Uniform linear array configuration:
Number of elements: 24
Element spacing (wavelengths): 1
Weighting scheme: hamming
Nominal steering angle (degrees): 45
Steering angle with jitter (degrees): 45.176
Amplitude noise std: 0.05
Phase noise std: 0.05

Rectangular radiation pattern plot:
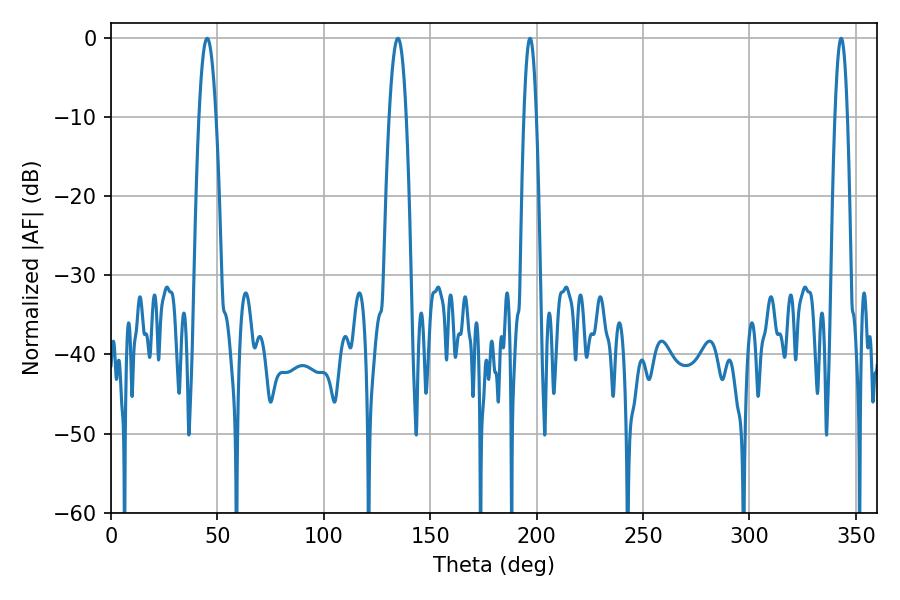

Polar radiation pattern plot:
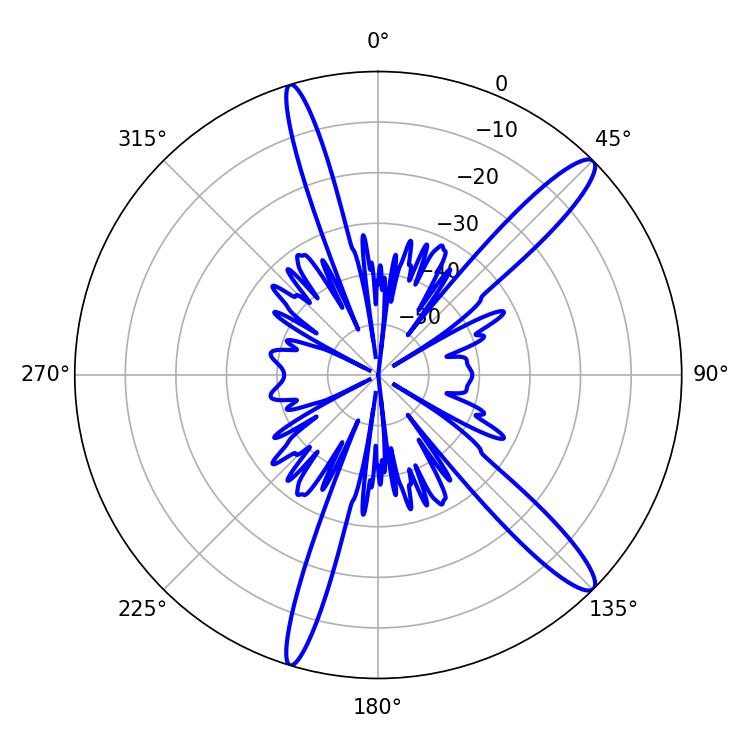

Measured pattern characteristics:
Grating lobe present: TRUE
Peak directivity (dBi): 13.838
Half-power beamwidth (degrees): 4.32
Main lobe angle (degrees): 45.18